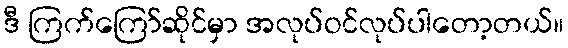
ဒီ ကြက်ကြော်ဆိုင်မှာ အလုပ်ဝင်လုပ်ပါတော့တယ်။